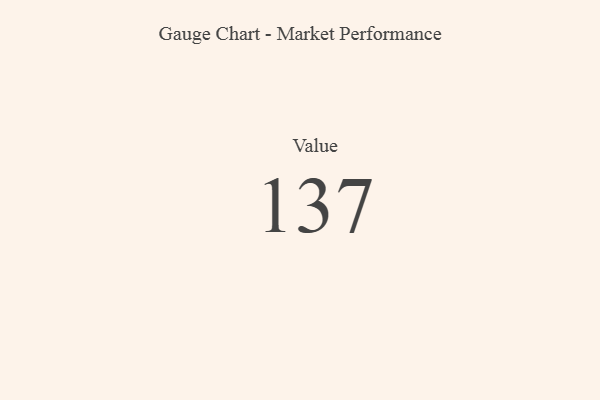
{"axis": {"x": "Metric", "y": "Value"}, "legend": [""], "data": [{"x": "Value", "y": 137, "type": ""}]}